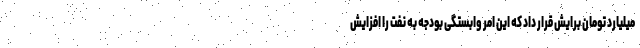
میلیارد تومان برایش قرار داد که این امر وابستگی بودجه به نفت را افزایش